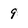
Character: 9